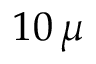
1 0 \, \mu